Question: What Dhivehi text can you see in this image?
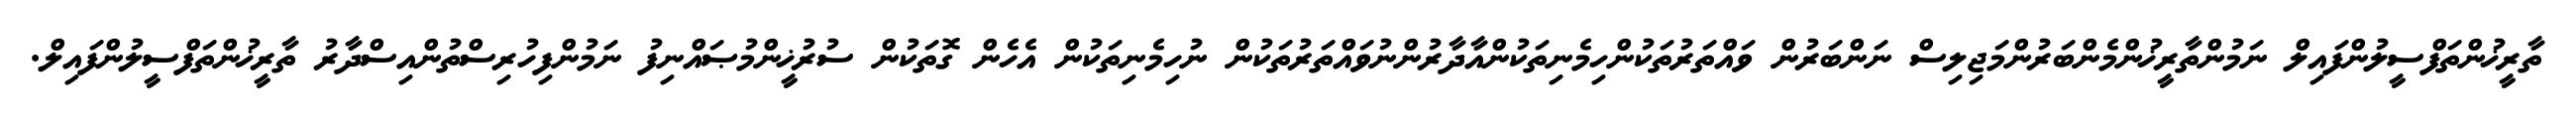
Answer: ތާރީޚުންތަފްސީލުންފައިލް ނަމުންތާރީޚުންމެންބަރުންމަޖިލިސް ނަންބަރުން ވައްތަރުތަކުންހިމެނިތަކުންއާދާރުންނުވައްތަރުތަކުން ނުހިމެނިތަކުން އެހެން ގޮތަކުން ސުރުޚީންމުޞައްނިފު ނަމުންފިހުރިސްތުންއިސްދާރު ތާރީޚުންތަފްސީލުންފައިލް.